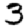
Digit: 3